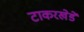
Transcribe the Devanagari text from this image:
टाकरखेडे